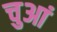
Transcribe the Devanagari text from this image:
चुआं